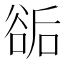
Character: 𧮶